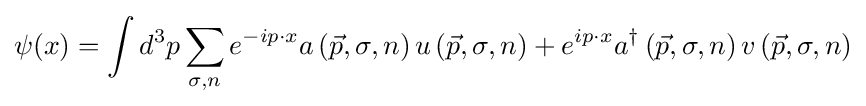
\psi (x)=\int d^{3}p\sum _{\sigma ,n}e^{-ip\cdot x}a\left({\vec {p}},\sigma ,n\right)u\left({\vec {p}},\sigma ,n\right)+e^{ip\cdot x}a^{\dagger }\left({\vec {p}},\sigma ,n\right)v\left({\vec {p}},\sigma ,n\right)